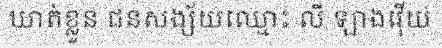
ឃាត់ខ្លួន ជនសង្ស័យឈ្មោះ លី ឡាងវ៉ើយ